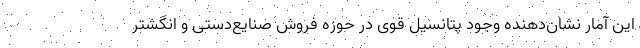
این آمار نشان‌دهنده وجود پتانسیل قوی در حوزه فروش صنایع‌دستی و انگشتر